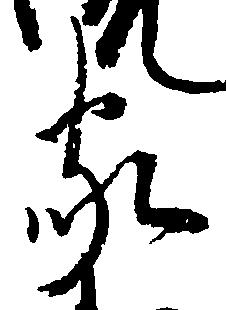
家